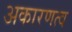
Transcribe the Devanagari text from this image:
अकारणत्व